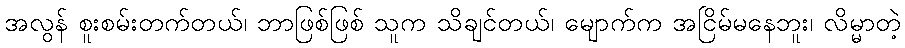
အလွန် စူးစမ်းတက်တယ်၊ ဘာဖြစ်ဖြစ် သူက သိချင်တယ်၊ မျောက်က အငြိမ်မနေဘူး၊ လိမ္မာတဲ့